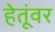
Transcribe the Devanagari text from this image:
हेतूंवर